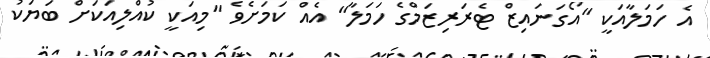
އެ ހަމަލާއަކީ "އޯގަނައިޒް ޓެރަރިޒަމްގެ ހަމަލާ" އެއް ކަމަށެވެ "މިއަކީ ކުއްލިއަކަށް ބަޔަކު